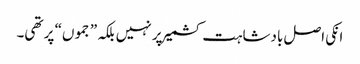
انکی اصل بادشاہت کشمیر پر نہیں بلکہ ”جموں“ پر تھی۔